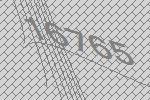
16765